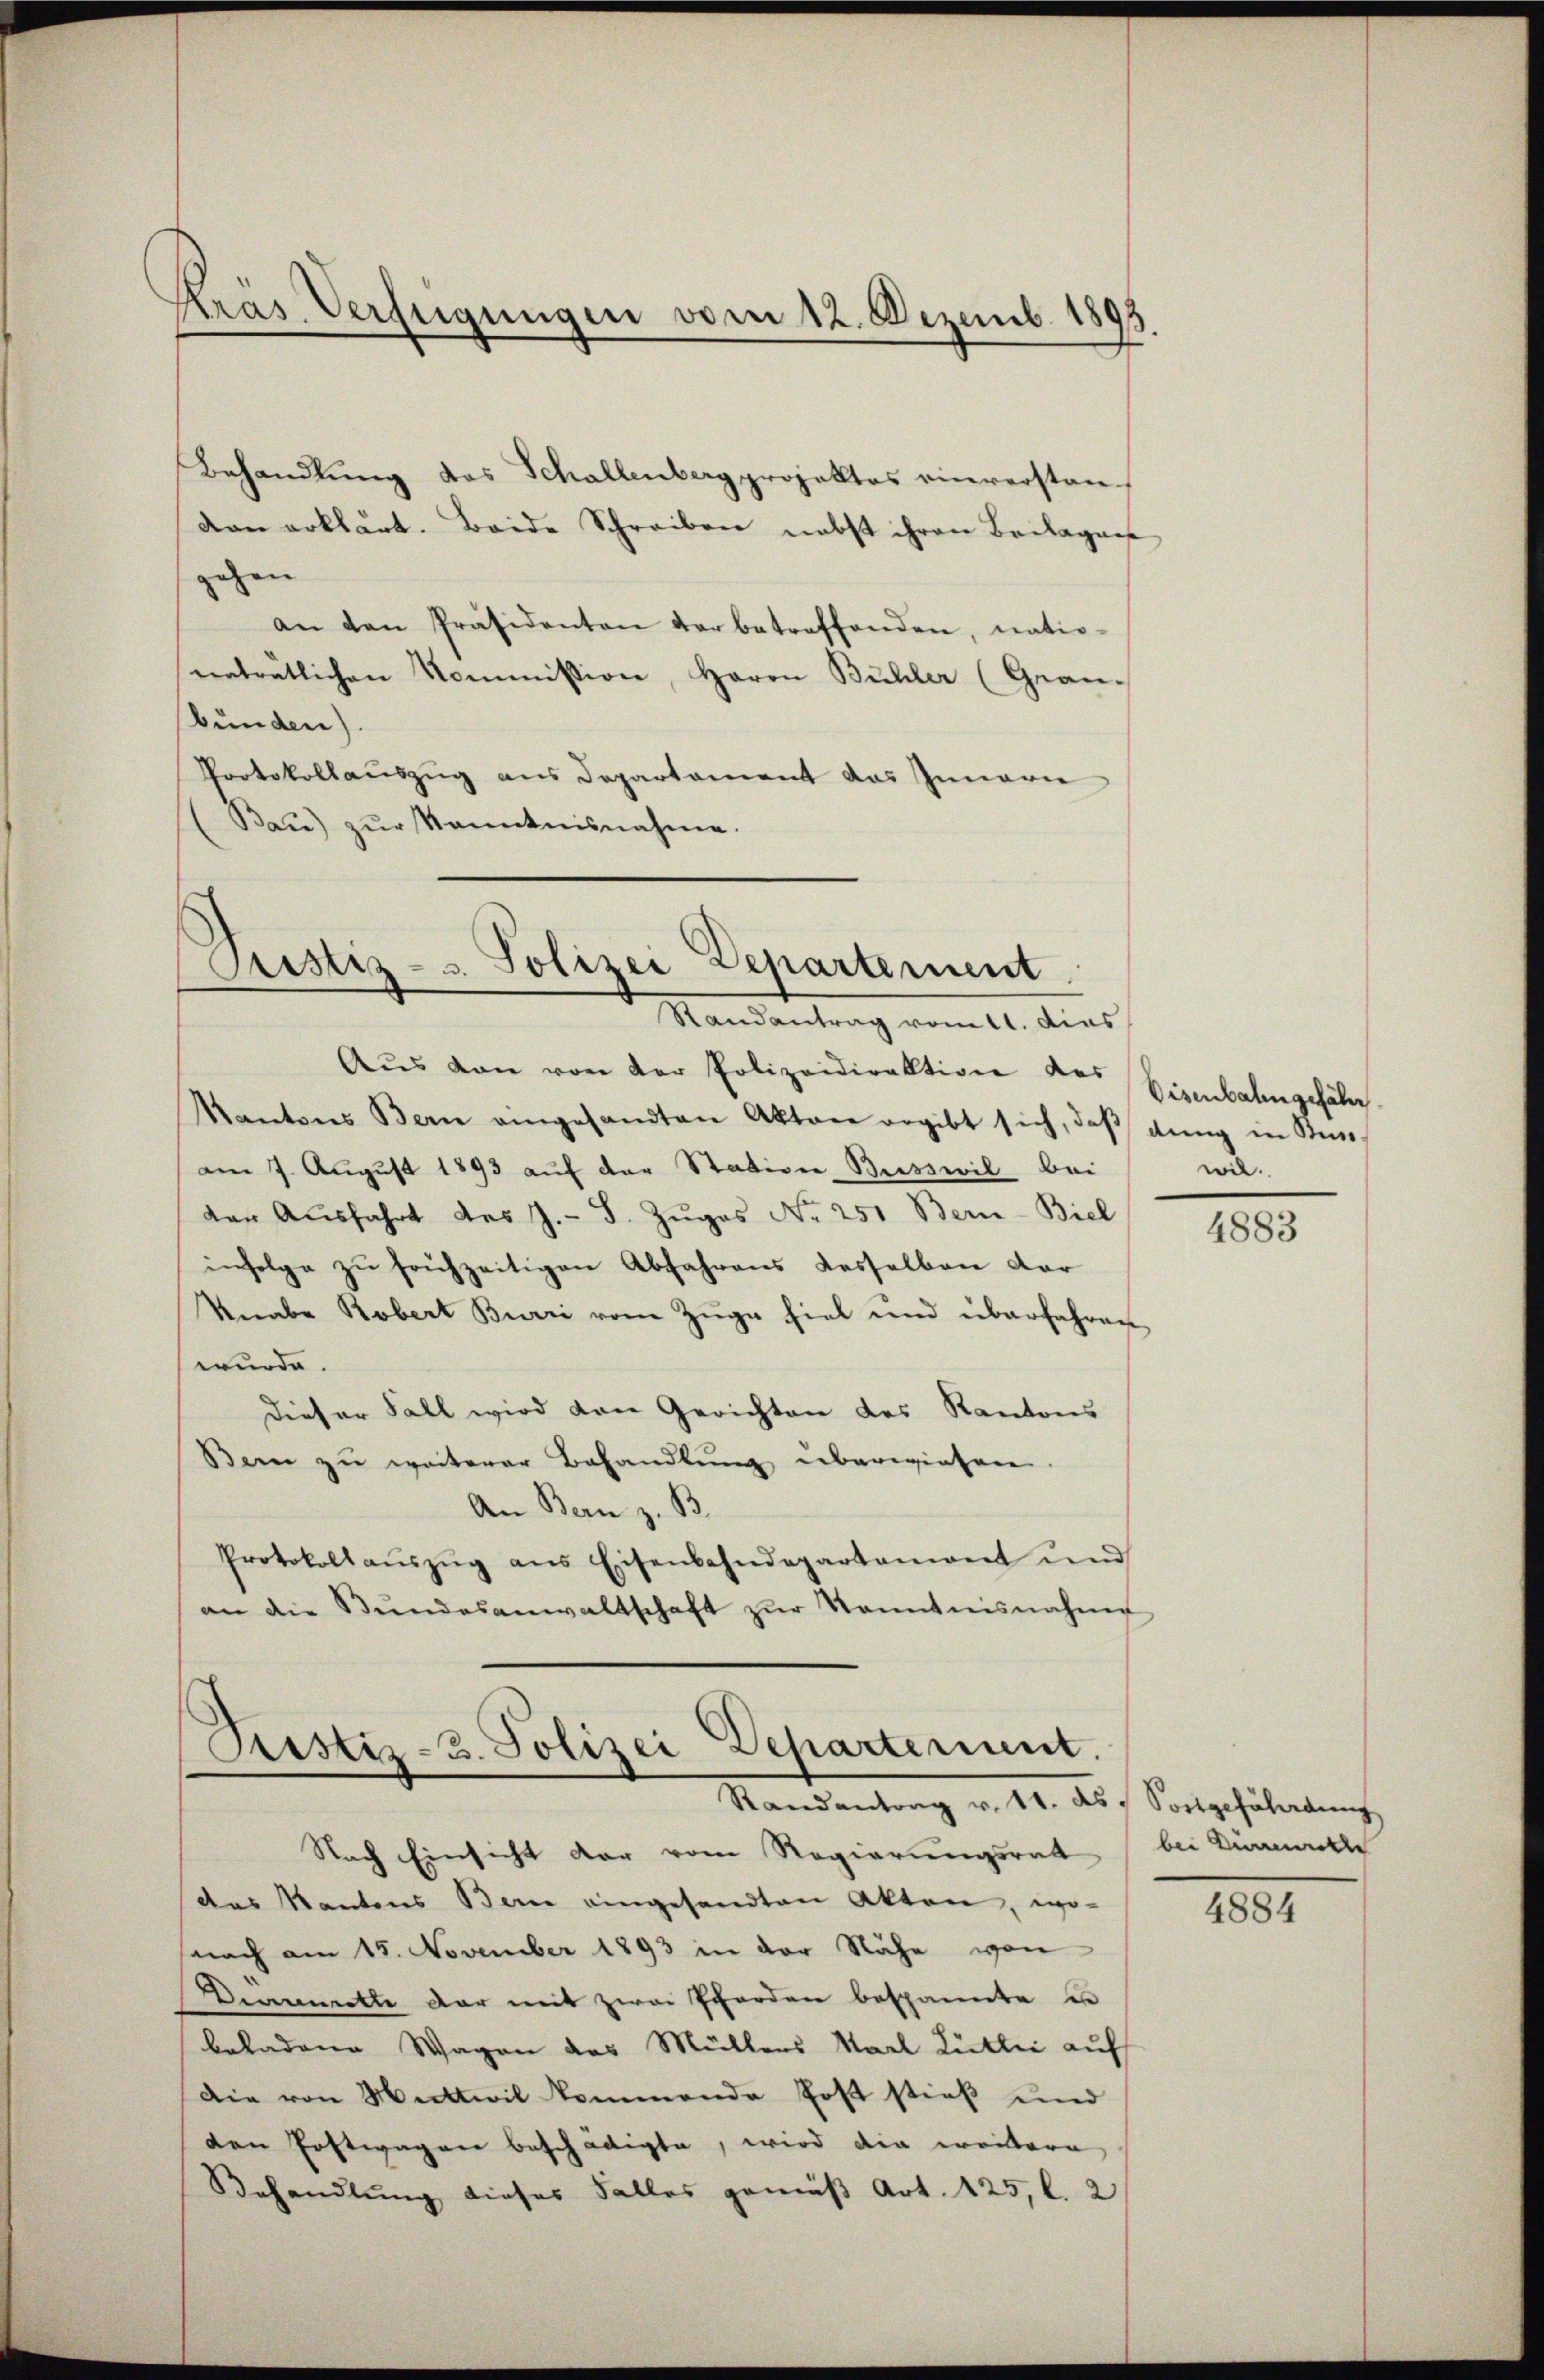
Krás Verfügungen vom 12. Dezemb. 1893

Behandlung das Schallenberg projektes einverstandan erklärt. Beide Schreiben nebst ihren Beilagen
gehen |
an den Präsidenten der betreffenden, natio-
eenträtlichen Kommission, Herrn Bühler (Gran-
bunden).
Protokollauszug aus Departament das Innern
(Bau) zŭr Kenntnisnahme.

Prostiz- u. Polizei Departement
Randantrag vom 11. Dies

Aŭs den von der Polizeidirektion des Birnbahngefäl
Kantons Bern eingesandten Akten ergibt sich, daβ dŭng in Kin
am 7. August 1893 auf der Station Busswil bei
der Aŭsfahrt des J. J. Zŭges Nr. 251 Bern-Biel
infolge zŭ frühzeitigen Abfahrens desselben der
Knabe Robert Burri vom Züge fiel und überfahren
wurde.
Dieser Fall wird von Gerichten des Kantons
Bern zu weiterer Behandlung übereinsere
An Bern z. B.
Protokoll aŭszŭg ans Eisenbahndepartemont und
an die Bŭndesanwaltschaft zŭr Kenntnisnahme

Pristiz-3. Polizei Departement.
Randantrag v. 11. ds. Fortgefährdung
Nach Einsicht dar vom Regierungsrat

das Kantons Bern eingesandten Akten, wo-
nach am 15. November 1893 in der Nähe von
Draumette dar mit zwei Pferden bespannte u
beladene Wagen das Müllers Karl Lütler auf
Die von Mattwil kommende Post stieß und
den Erstwagen beschädigte, wird die weitern
Behandlung dieses Falles gemäß Art. 125, l. 2

wil.

4883

bei Direkte

4884